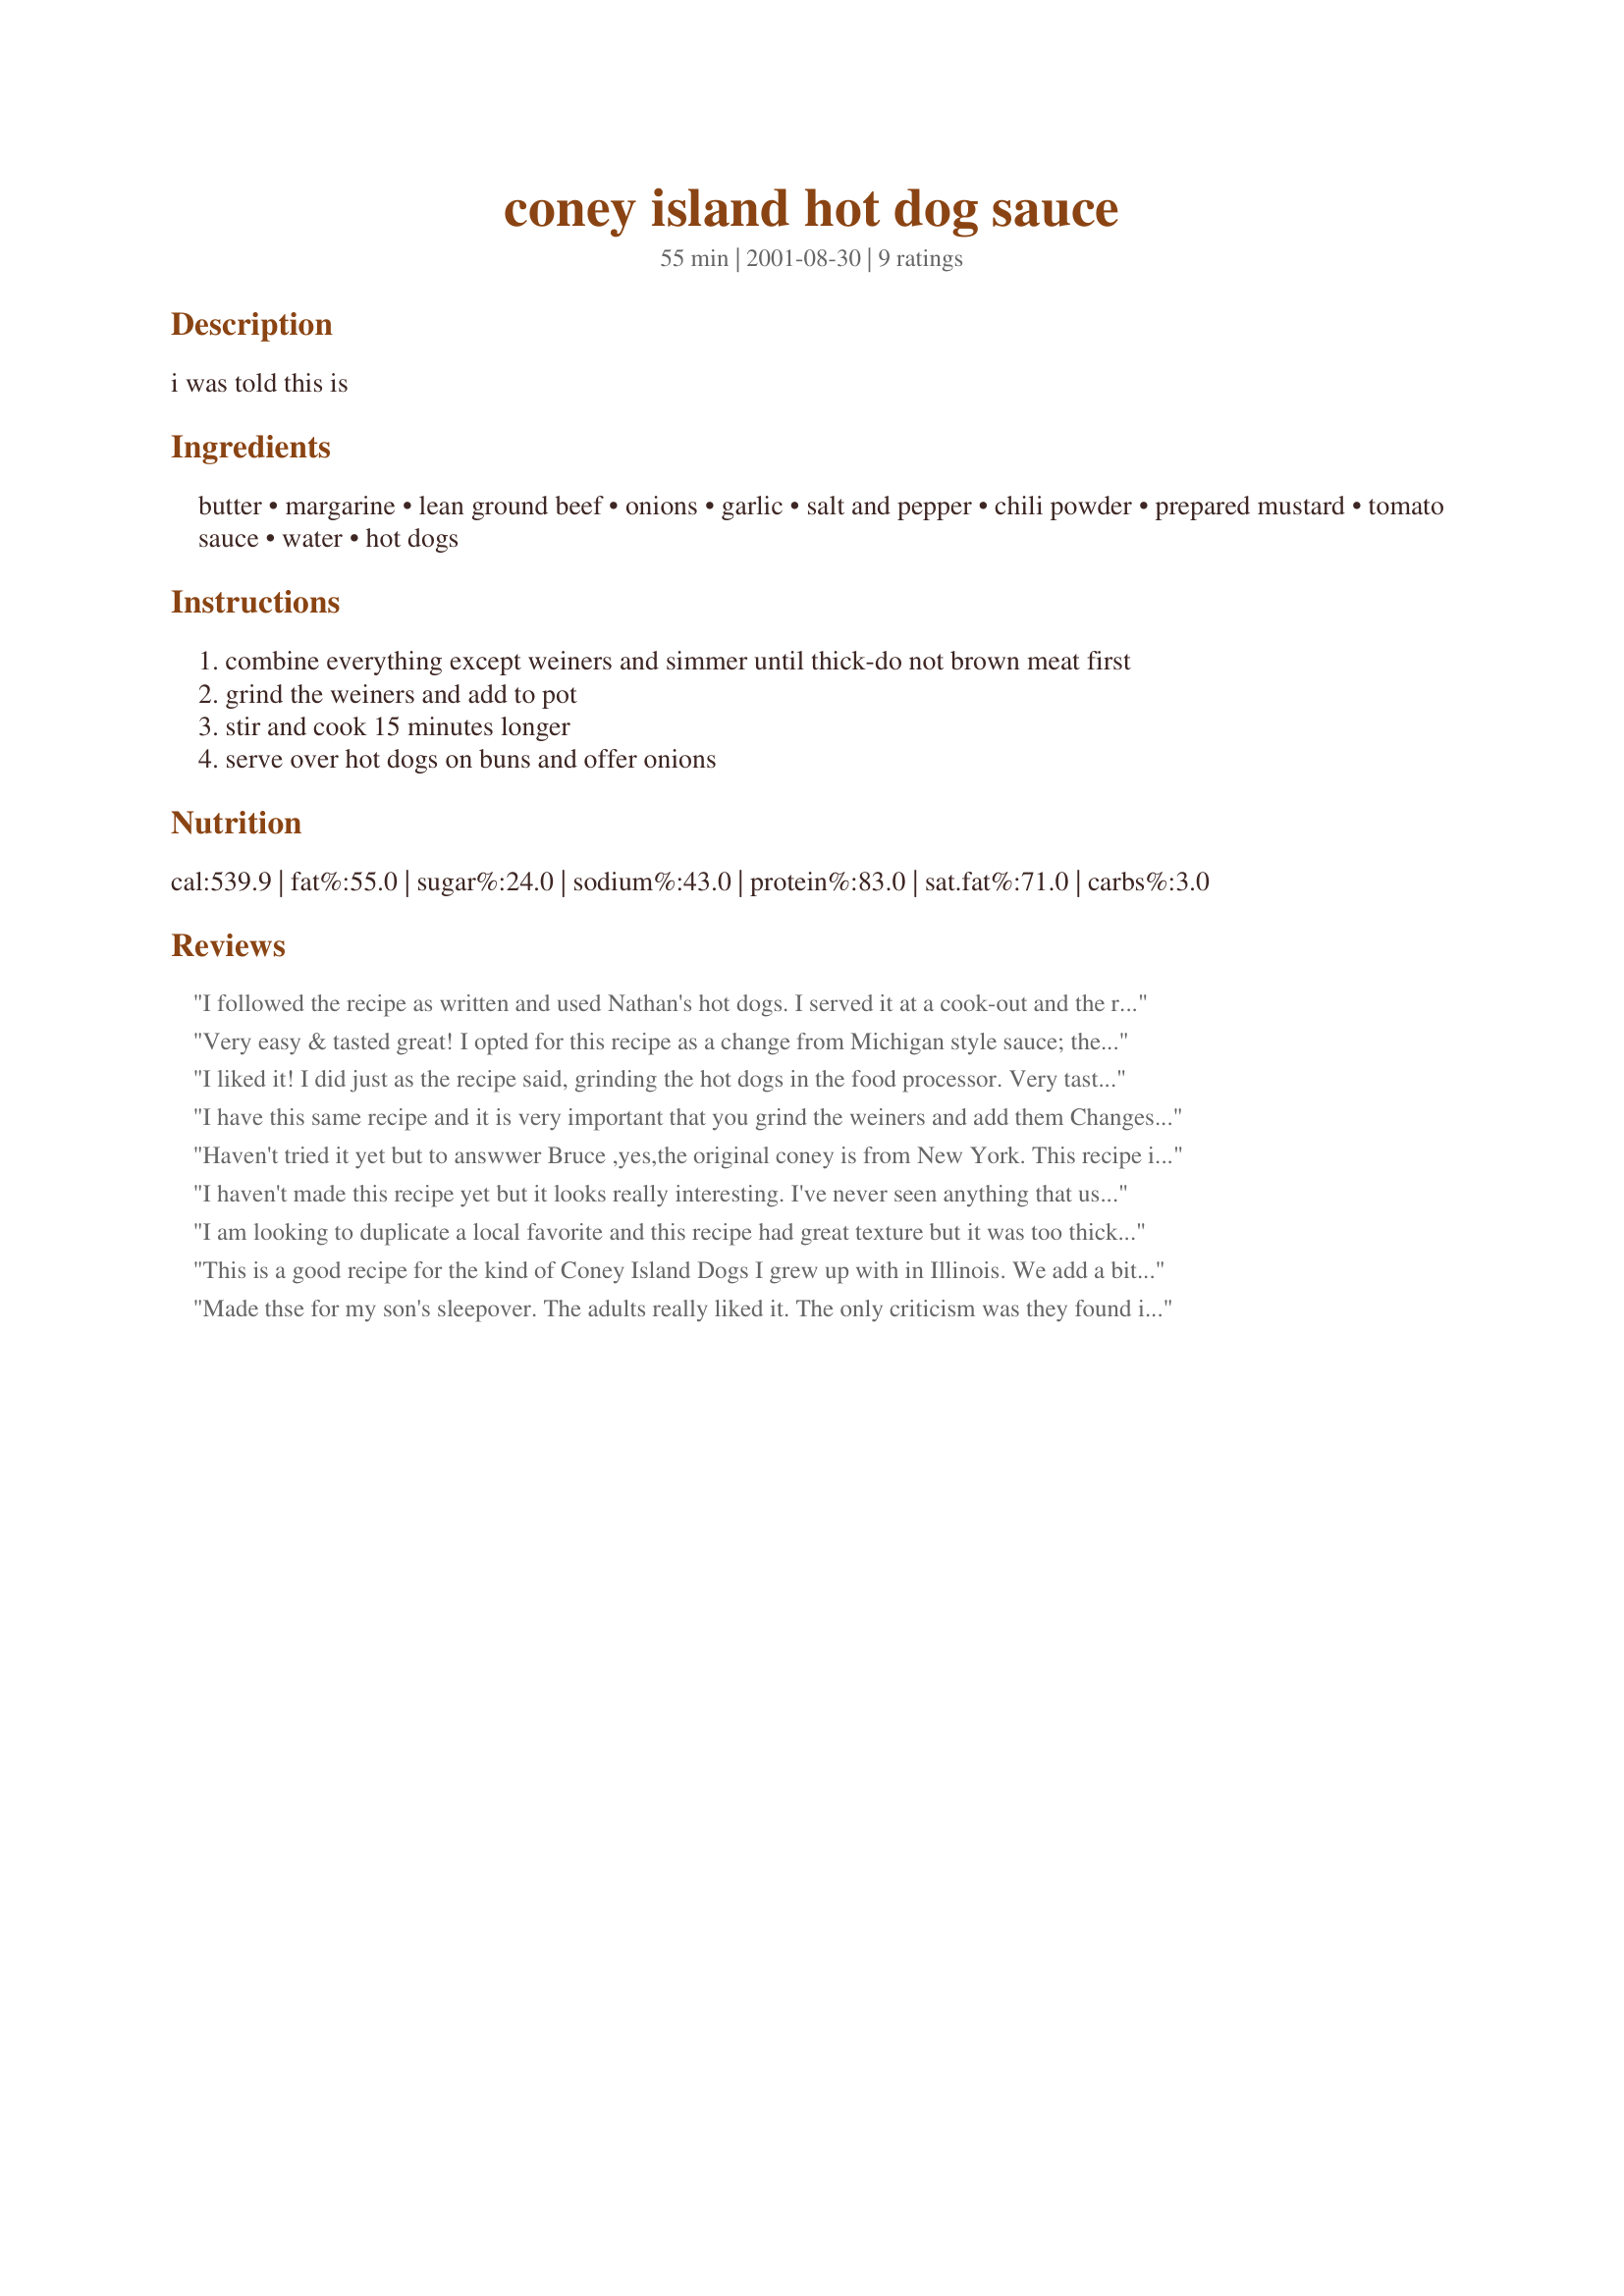
coney island hot dog sauce
Preparation time: 55 minutes

i was told this is

Ingredients:
butter, margarine, lean ground beef, onions, garlic, salt and pepper, chili powder, prepared mustard, tomato sauce, water, hot dogs

Steps:
combine everything except weiners and simmer until thick-do not brown meat first, grind the weiners and add to pot, stir and cook 15 minutes longer, serve over hot dogs on buns and offer onions

Reviews:
I followed the recipe as written and used Nathan's hot dogs. I served it at a cook-out and the reaction was not good. In fact, we went to the grocery store and bought a can of sauce to replace this disaster. I gave it 2 stars since one person did like it.
Very easy & tasted great! I opted for this recipe as a change from Michigan style sauce; the ground hotdogs give a wonderful flavor to the sauce.
I liked it! I did just as the recipe said, grinding the hot dogs in the food processor. Very tasty, especially good on deep fried tator tots with shredded cheese on top... I might make some extra next time and freeze it in small containers for the future!
thank you DiB!
I have this same recipe and it is very important that you grind the weiners and add them Changes flavors 
 Mickey in washington
Haven't tried it yet but to answwer Bruce ,yes,the original coney is from New York. This recipe is from "The Original Flint Coney Island",an old coney restaurant in downtown Flint.It had a horseshoe shaped counter with stools around a central cooking/serving areas.It's been gone for many years now. I hope this sauce is close to the one I remember.
I haven't made this recipe yet but it looks really interesting. I've never seen anything that used ground hot dogs before. I'll try it and give my review. 

However...Maybe I don't know my history but how can an original Coney Island recipe come from Flint, Michigan? Wasn't the original recipe from the Coney Island amusement park, in New York? 

Well, regardless of it's origin or originality, it looks so unusual that I just have to try it!

Bruce
I am looking to duplicate a local favorite and this recipe had great texture but it was too thick and not enought flavor. Did not add the ground wieners.
This is a good recipe for the kind of Coney Island Dogs I grew up with in Illinois. We add a bit more mustard (I like mine mustardy), some worcester sauce and occasionally some ketchup. I also just whiz up the onions, garlic and 1 hot dog and throw it all in at the beginning, instead of waiting to put in the dog later. Putting in the ground up hot dog into the sauce is a must though.&lt;br/&gt;Update 11th Jan 2014, just had a brainwave and added a bit of pickle juice to this - yum! Wish I had thought of it earlier. This is still my go-to Coney Island dog sauce recipe.
Made thse for my son's sleepover. The adults really liked it. The only criticism was they found it too sweet. Maybe next time will add a pinch more salt and maybe some red pepper flakes to up the heat a tad bit. Other than that, it's a good easy recipe that really does taste like fair chili dogs.Will use this recipe again.
